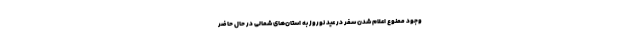
وجود ممنوع اعلام شدن سفر در عید نوروز به استان‌های شمالی در حال حاضر